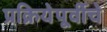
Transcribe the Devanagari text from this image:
प्रक्रियेपूर्वीचे